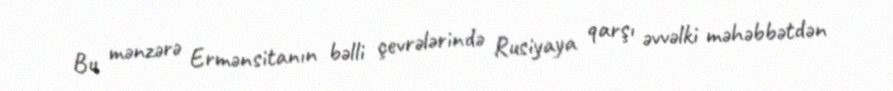
Bu mənzərə Ermənsitanın bəlli çevrələrində Rusiyaya qarşı əvvəlki məhəbbətdən